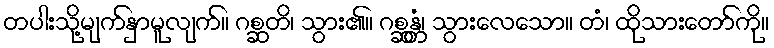
တပါးသို့မျက်နှာမူလျက်။ ဂစ္ဆတိ၊ သွား၏။ ဂစ္ဆန္တံ၊ သွားလေသော။ တံ၊ ထိုသားတော်ကို။